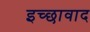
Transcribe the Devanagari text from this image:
इच्छावाद